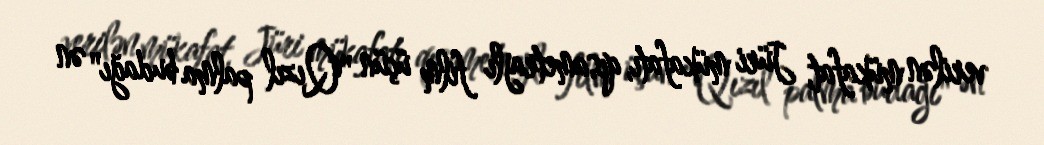
verilən mükafat, Jüri mükafatı, qısametrajlı film üçün "Qızıl palma budağı" ən